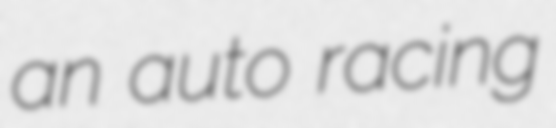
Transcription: an auto racing